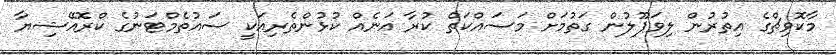
މާކޮވިޗްގެ އިތުރުން ލިވަޕޫލުން ގަތުމަށް މަސައްކަތް ކުރާ އަނެއް ކުޅުންތެރިއަކީ ސައުތެމްޓަނުގެ ކްރޮއޭޝިޔާ